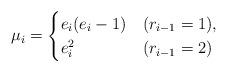
LaTeX: \begin{align*}\mu_{i}=\begin{cases}e_{i}(e_{i}-1) &(r_{i-1}=1), \\e_{i}^{2} &(r_{i-1}=2)\end{cases} \end{align*}